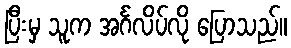
ပြီးမှ သူက အင်္ဂလိပ်လို ပြောသည်။